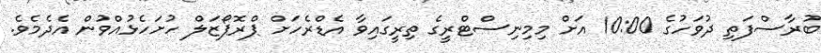
ބުރާސްފަތި ދުވަހުގެ 10:00 އަށް މިމިނިސްޓްރީގެ ތިރީގައިވާ އެޑްރެހަށް ޕްރޮޕޯޒަލް ހުށަހެޅުއްވުން އެދެމެވެ.